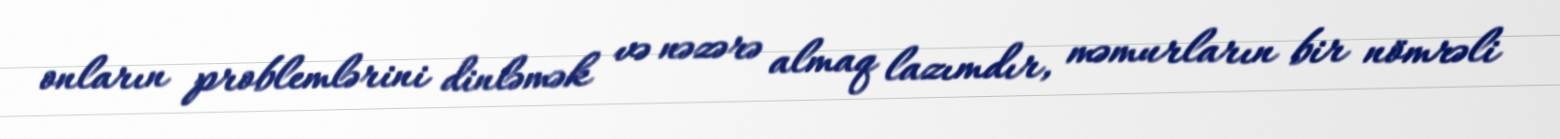
onların problemlərini dinləmək və nəzərə almaq lazımdır, məmurların bir nömrəli